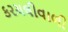
કરચલીવાળી